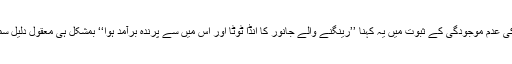
مگر ریکارڈ کی عدم موجودگی کے ثبوت میں یہ کہنا ’’رینگنے والے جانور کا انڈا ٹوٹا اور اس میں سے پرندہ برآمد ہوا‘‘ بمشکل ہی معقول دلیل سمجھا جائے گا۔